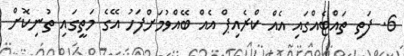
6. ފަތި ތައްޓެއްގައި އެއް ކްރެއިޕް އެއް ބޭއްވުމަށްފަހު އޭގެ މަތީގައި ތުނިކޮށް